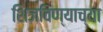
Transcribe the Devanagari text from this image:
शिजविण्याच्या